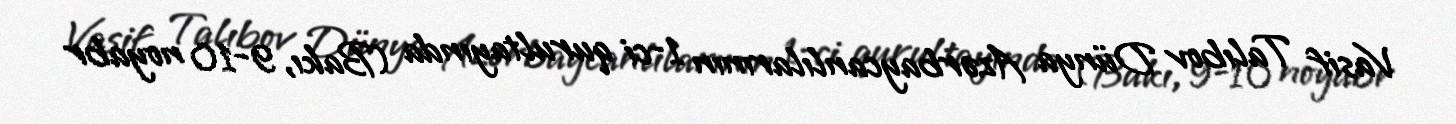
Vasif Talıbov Dünya Azərbaycanlılarının 1-ci qurultayında (Bakı, 9-10 noyabr